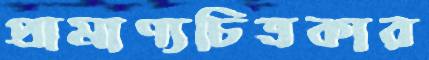
প্রামাণ্যচিত্রকার